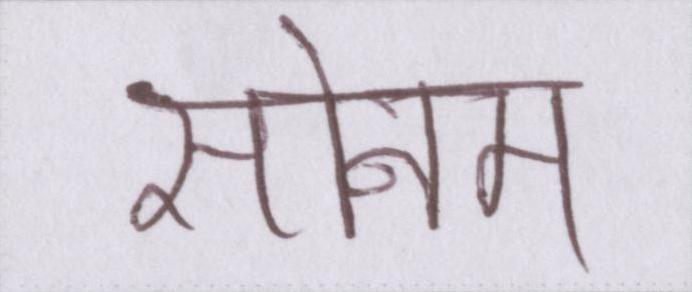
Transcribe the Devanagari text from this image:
सोनम